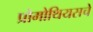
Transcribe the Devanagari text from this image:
प्रोमोथियसचे